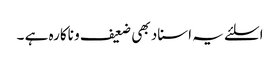
اسلئے یہ اسناد بھی ضعیف و ناکارہ ہے ۔